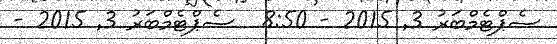
ސެޕްޓެމްބަރު 3